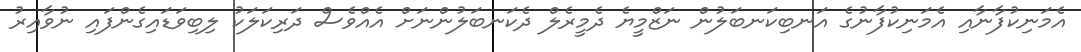
އެމަނިކުފާނާއި އެމަނިކުފާނުގެ އަނބިކަނބަލުން ނަޒްމީޔެ ދެމީރެލް ދެކަނބަލުންނަށް އެއްވެސް ދަރިކަލަކު ލިބިވަޑައިގެންފައި ނުވާއިރު